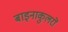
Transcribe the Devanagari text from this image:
बाइनाकुलरों